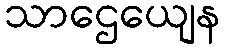
သာဌေယျေန